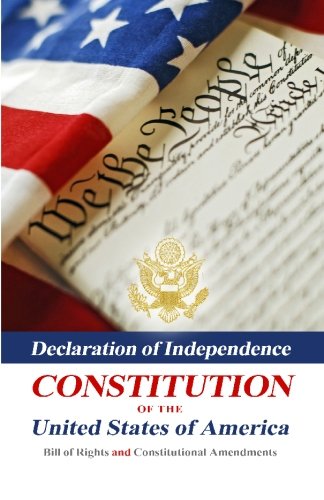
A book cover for Declaration Of Independence, Constitution Of The United States Of America, Bill Of Rights And Constitutional Amendments; Benjamin Franklin; Law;